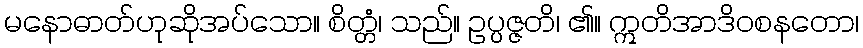
မနောဓာတ်ဟုဆိုအပ်သော။ စိတ္တံ၊ သည်။ ဥပ္ပဇ္ဇတိ၊ ၏။ ဣတိအာဒိဝစနတော၊